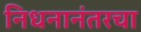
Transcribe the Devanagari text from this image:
निधनानंतरचा